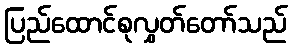
ပြည်ထောင်စုလွှတ်တော်သည်